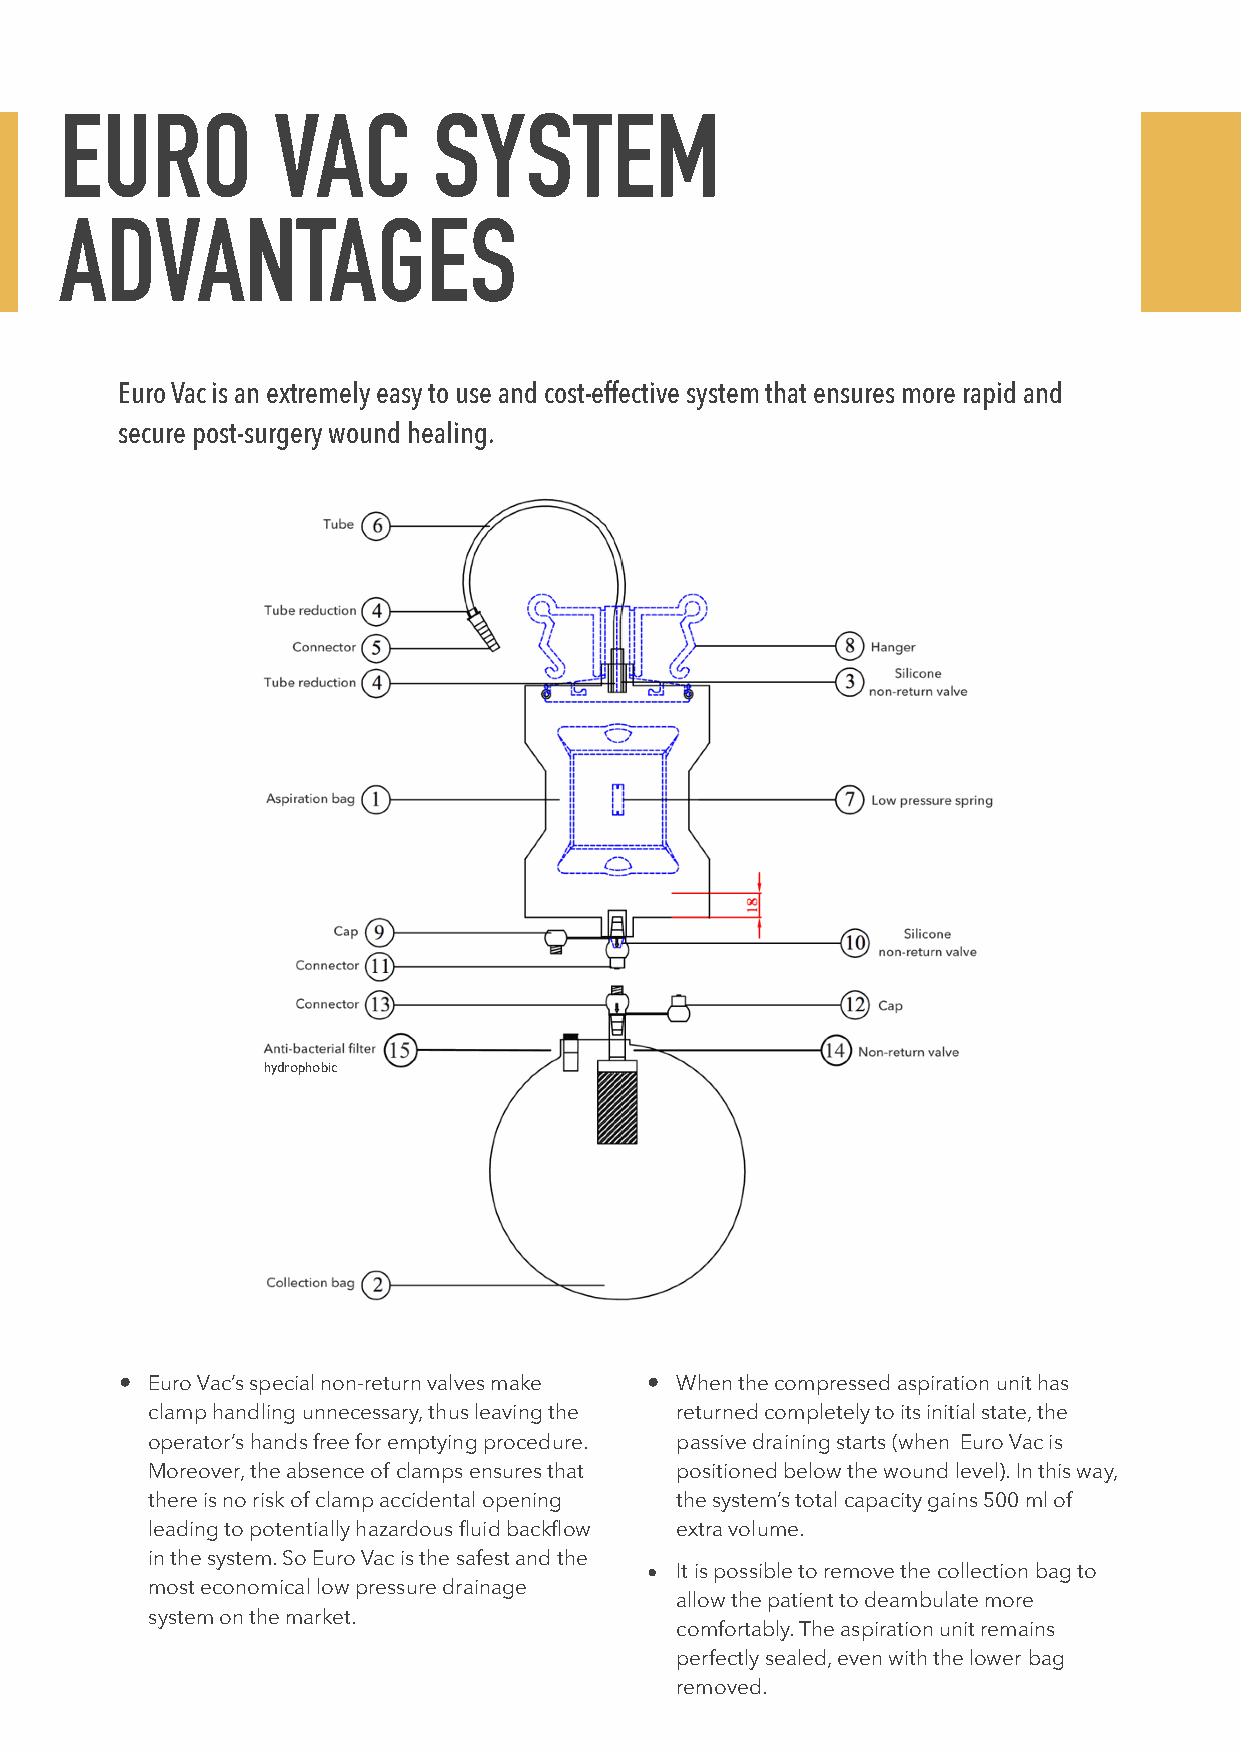
EURO          VAC        SYSTEM
 ADVANTAGES
 Euro Vac is an extremely easy to use and cost-effective system that ensures more rapid and
 secure post-surgery wound healing.
 hydrophobic
 • Euro Vac’s special non-return valves make • When the compressed aspiration unit has
 clamp handling unnecessary, thus leaving the returned completely to its initial state, the
 operator’s hands free for emptying procedure. passive draining starts (when Euro Vac is
 Moreover, the absence of clamps ensures that positioned below the wound level). In this way,
 there is no risk of clamp accidental opening the system’s total capacity gains 500 ml of
 leading to potentially hazardous fluid backflow extra volume.
 in the system. So Euro Vac is the safest and the
 • It is possible to remove the collection bag to
 most economical low pressure drainage
 allow the patient to deambulate more
 system on the market.
 comfortably. The aspiration unit remains
 perfectly sealed, even with the lower bag
 removed.